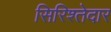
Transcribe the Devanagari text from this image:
सिरिश्तेदार